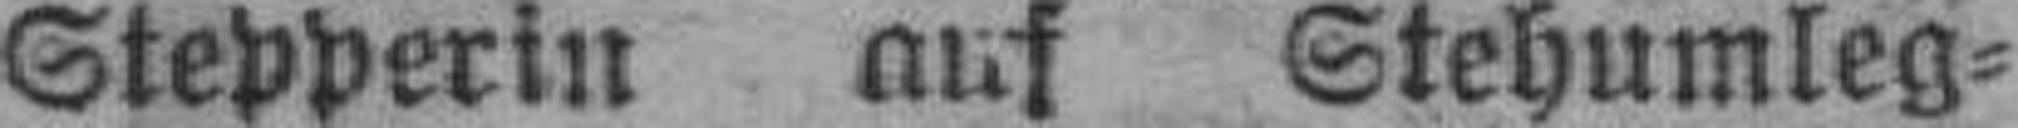
Stepperin auf Stehumleg¬